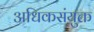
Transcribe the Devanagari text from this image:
अधिकसंयुक्त